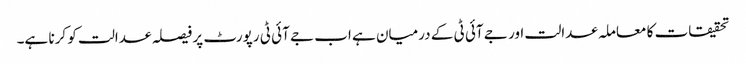
تحقیقات کا معاملہ عدالت اور جے آئی ٹی کے درمیان ہے اب جے آئی ٹی رپورٹ پر فیصلہ عدالت کو کرنا ہے۔